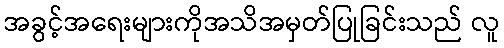
အခွင့်အရေးများကိုအသိအမှတ်ပြုခြင်းသည် လူ